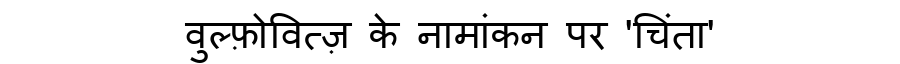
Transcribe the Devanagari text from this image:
वुल्फ़ोवित्ज़ के नामांकन पर 'चिंता'